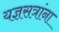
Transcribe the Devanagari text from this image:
यज्ञसत्रांना